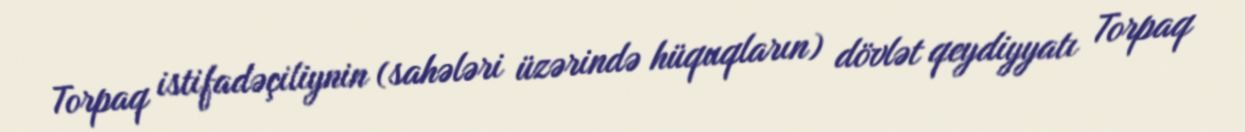
Torpaq istifadəçiliynin (sahələri üzərində hüquqların) dövlət qeydiyyatı Torpaq